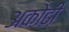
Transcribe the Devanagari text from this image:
अकोढी